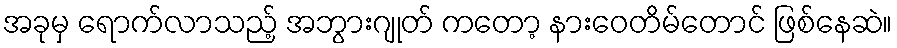
အခုမှ ရောက်လာသည့် အဘွားဂျုတ် ကတော့ နားဝေတိမ်တောင် ဖြစ်နေဆဲ။